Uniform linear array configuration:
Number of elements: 32
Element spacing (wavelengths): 0.75
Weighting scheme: uniform
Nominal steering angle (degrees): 0
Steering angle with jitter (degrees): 0.4792
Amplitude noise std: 0.05
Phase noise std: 0.05

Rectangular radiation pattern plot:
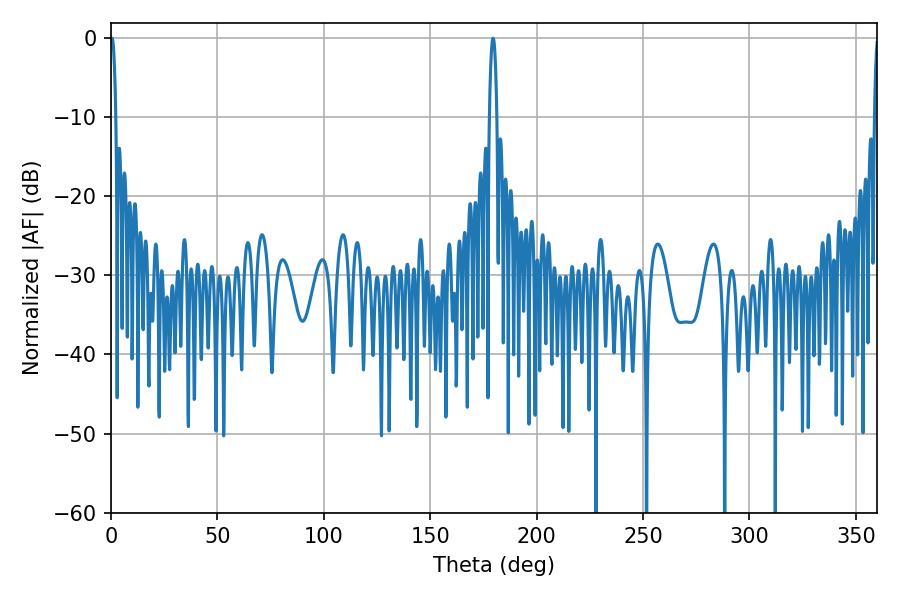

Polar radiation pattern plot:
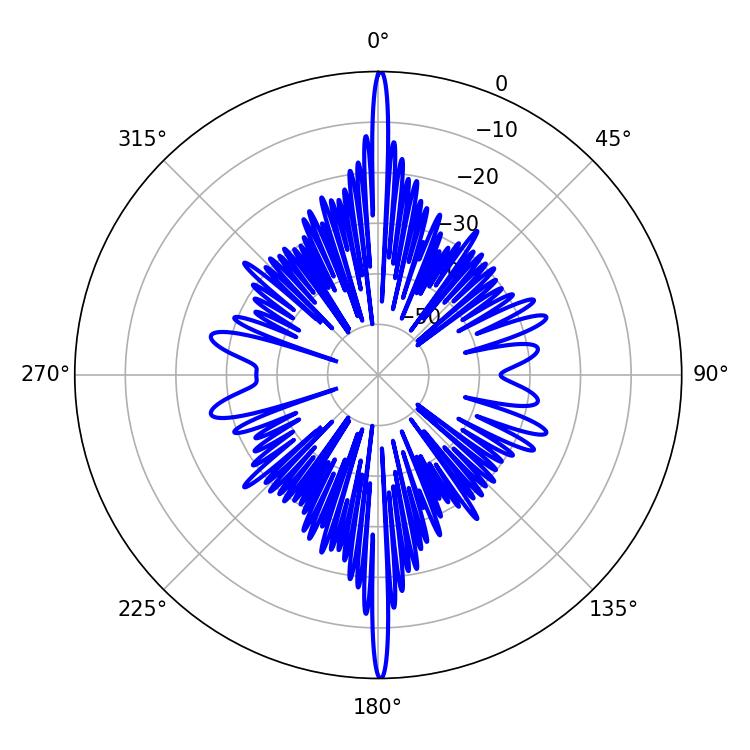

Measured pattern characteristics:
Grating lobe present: TRUE
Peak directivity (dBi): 33.899
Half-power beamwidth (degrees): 1.98
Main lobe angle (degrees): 179.46